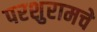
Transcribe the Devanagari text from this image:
परशुरामचे